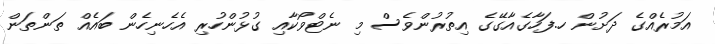
އަމުރެއްގެ ދަށުން ހ.ފަހާގެއާގޭގެ އިތުރުންވެސް މި ނެޓްވޯކާއި ގުޅުންހުރި އެހެނިހެން ބައެއް ތަންތަން